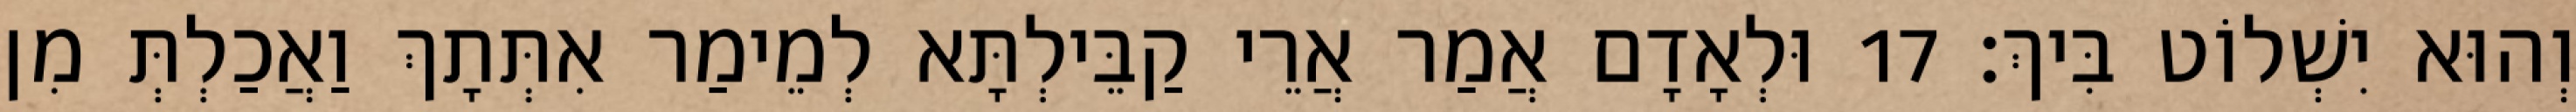
וְהוּא יִשְׁלוֹט בִּיךְ׃ 17 וּלְאָדָם אֲמַר אֲרֵי קַבֵּילְתָּא לְמֵימַר אִתְּתָךְ וַאֲכַלְתְּ מִן